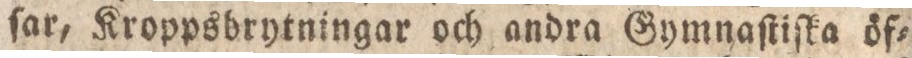
ſar, Kroppsbrytningar och andra Gymnaſtiſka öf=